Calcutta medical institutions reports 1892-1900
Year: 1892
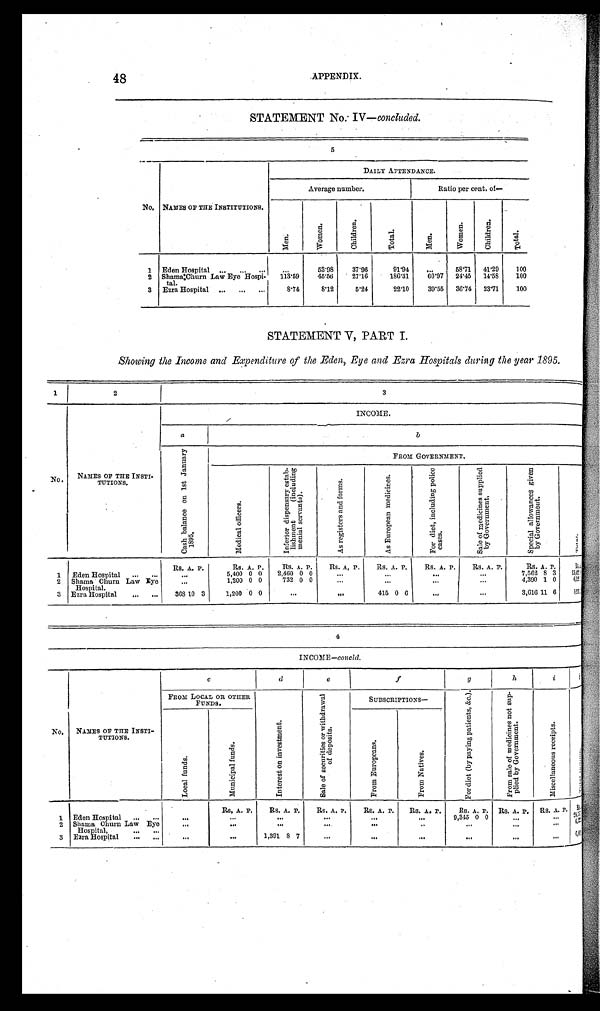
APPENDIX.
STATEMENT No: IV— concluded.
5
No.
NAMES OF THE INSTITUTIONS.
DAILY ATTENDANCE.
Average number.
Ratio per cent.of
M e n .
W o m e n .
C h i l d r e n .
T o t a l .
M e n .
W o m e n .
C h i l d r e n .
T o t a l .
1
Eden Hospital . . .
. . .
53.98
37.96
91.94
. . . 58.71
41.29
100
2
Shama Churn Law Eye Hospi
-tal.
113.59
45.56
27.16
186.31
60.97
24.45
14.58
100
3
Ezra Hospital . . .
8.74
8.12
5.24
22.10
39.55
36.74
23.71
100
STATEMENT V, PART I.
Showing the Income and Expenditure of the Eden, Eye and Ezra Hospitals during the year 1895.
1
2
3
No .
NAMES OF THE INSTI-
T U T I O N S .
INCOME.
a
b
C a s h b a l a n c e o n 1 s t J a n u a r y 1 8 9 5 .
F R O M G O V E R N M E N T .
M e d i c a l o f f i c e r s .
I n f e r i o n d i s p e n s a r y e s t a b - l i s h m e n t ( i n c l u d i n g m e n i a l s e r v a n t s ) .
A s r e g i s t e r s a n d f o r m s .
A s E u r o p e a n m e d i c i n e s .
F o r d i e t , i n c l u d i n g p o l i c e c a s e s .
S a l e o f m e d i c i n e s s u p p l i e d b y G o v e r n m e n t .
S p e c i a l a l l o w a n c e s g i v e n b y G o v e r n m e n t .
T o t a l .
Rs. A. P.
Rs. A. P.
Rs. A. P.
Rs. A. P.
Rs. A. P.
Rs. A. P.
R s .
A. P.
Rs. A. P.
R s .
1 5 , 4 3 3 ( i l l e g i b l e )
1
Eden Hospital . . .
. . .
5,400 0 0
2,460 0 0
. . .
. . .
. . .
. . .
7,562 8 3
6 , 3 8 ( i l l e g i b l e )
2
Shama Churn Law Eye
Hospital.
. . .
1,200 0 0
732 0 0
. . .
. . .
. . .
. . .
4,390 1 0
368 10 3
1,200
0
0
. . .
. . .
415 0 6
. . .
. . .
3,616 11 6
5 , 8 3 4 ( i l l e g i b l e )
3
Ezra Hospital . . .
4
INCOME—concld.
No.
NAMES OF THE INSTI-
TUTIONS.
c
d
e
f
g
h
i
j ( i l l e g i b l e )
FROM LOCAL OR OTHER
FUNDs.
I n t e r e s t o n i n v e s t m e n t .
S a l e o f s e c u r i t i e s o r w i t h d r a w a l o f d e p o s i t s .
SUBSCRIPTIONS—
F o r d i e t ( b y p a y i n g p a t i e n t s , & c . ) . F r o m s a l e o f m e d i c i n e s n o t s u p - p l i e d b y G o v e r n m e n t .
M i s c e l l a n e o u s r e c e i p t s .
( i l l e g b l e
M u n i c i p a l f u n d s .
L o c a l f u n d s .
F r o m E u r o p e a n s .
F r o m N a t i v e s .
Rs. A. P.
Rs. A. P.
Rs. A. P.
Rs. A. P.
Rs. A. P.
Rs. A. P.
Rs. A. P.
Rs. A. P.
R s . ( i l l e g i b l e )
1
Eden Hospital . . .
. . .
. . .
. . .
. . .
. . .
. . .
9,345 0
0
. . .
. . . 2 4 , 7 5 ( i l l e g i b l e )
2
Shama Churn Law Eye
Hospital, . . .
. . . . . .
. . .
. . .
. . .
. . .
. . .
. . .
. . .
6 , 3 ( i l l e g i b l e )
3
Ezra Hospital . . .
. . .
. . . 1,391 8 7
. . .
. . .
. . .
. . .
. . .
. .
6 , 2 9 ( i l l e g i b l e )
48